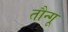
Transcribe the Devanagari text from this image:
तौन्गू